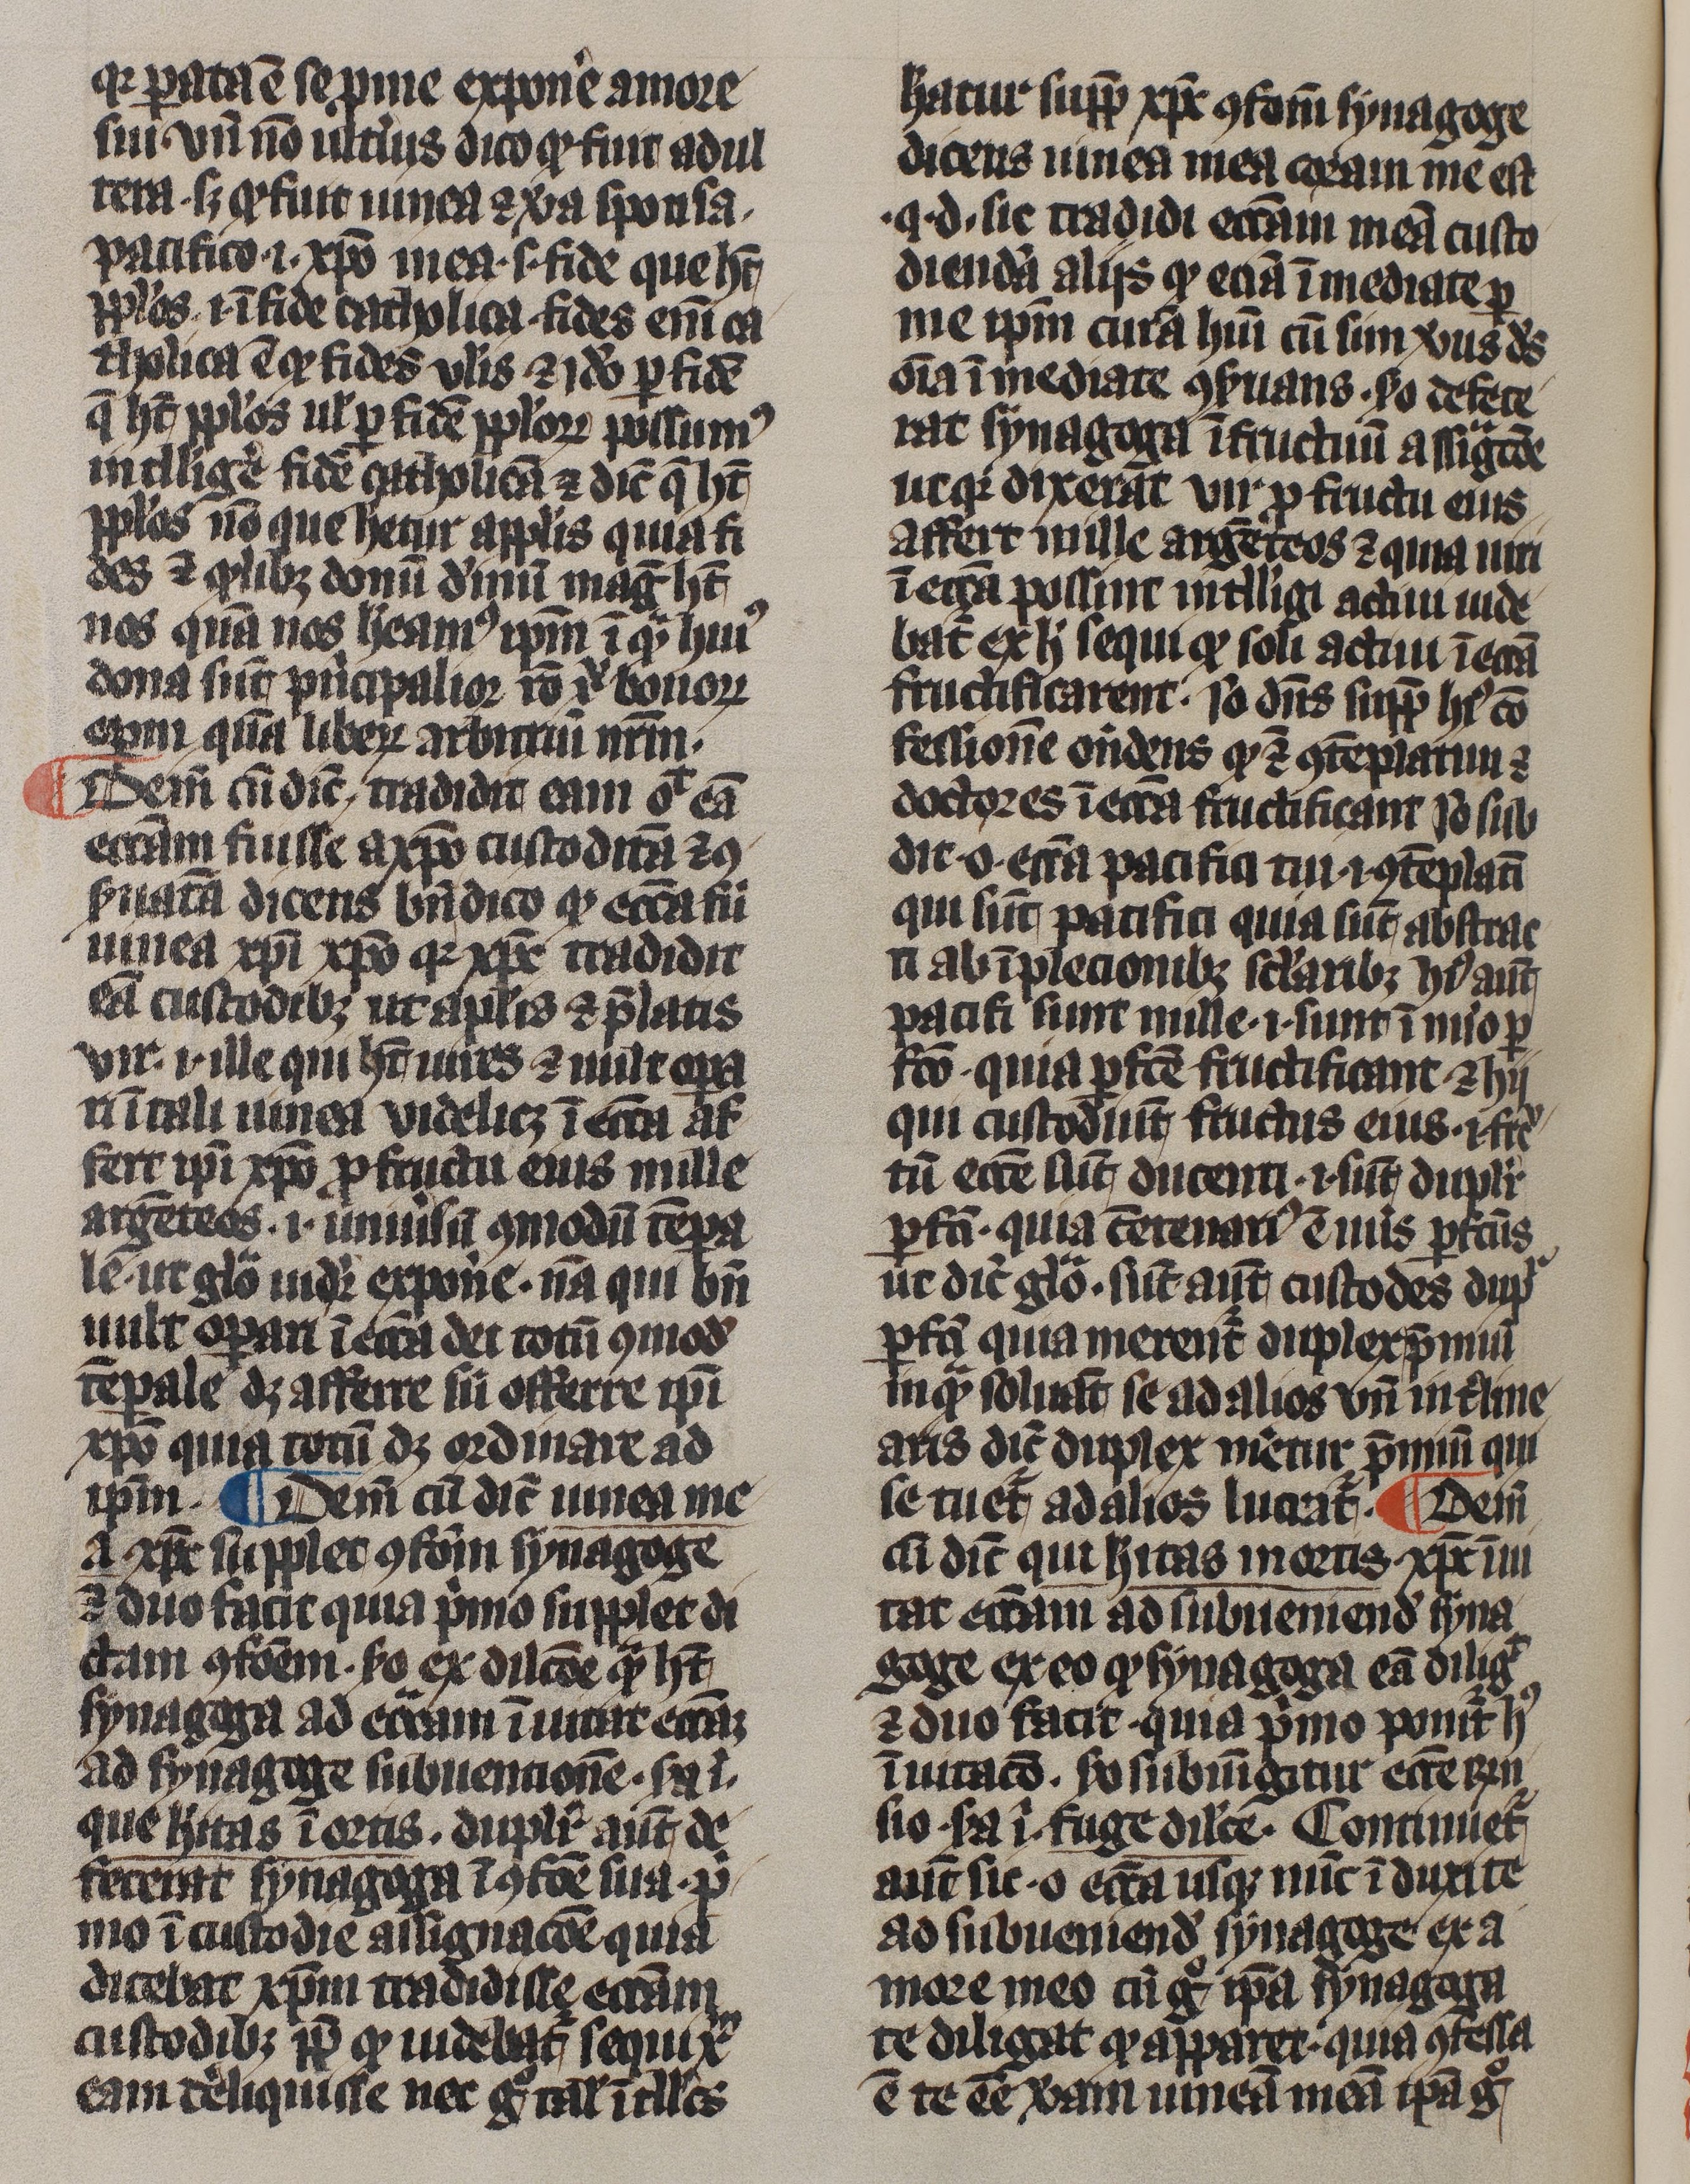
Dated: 1300–1399